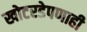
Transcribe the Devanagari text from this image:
खोटरडेपणाही